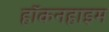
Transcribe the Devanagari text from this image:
हॉकनहाइम